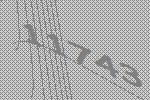
11743